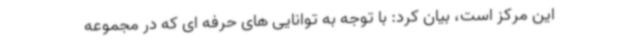
این مرکز است، بیان کرد: با توجه به توانایی های حرفه ای که در مجموعه